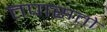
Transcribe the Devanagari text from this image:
तपासतो